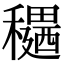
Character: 𥣊